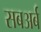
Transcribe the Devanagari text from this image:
सबअर्ब